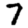
Digit: 7